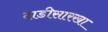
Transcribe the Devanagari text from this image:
दाडीसारखा